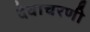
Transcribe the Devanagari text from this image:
देवाचरणी